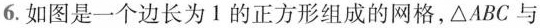
(第6题)6.如图是一个边长为1的正方形组成的网格，△ABC与